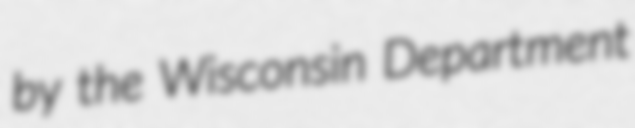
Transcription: by the Wisconsin Department